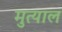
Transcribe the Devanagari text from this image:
मुत्याल